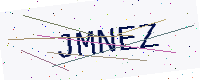
Text: JMNEZ